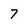
Character: 7